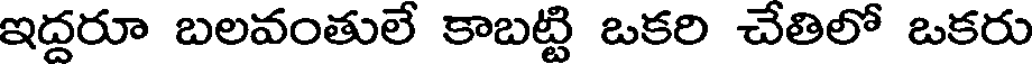
ఇద్దరూ బలవంతులే కాబట్టి ఒకరి చేతిలో ఒకరు